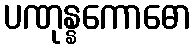
ပဏုန္နကောဓော